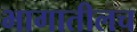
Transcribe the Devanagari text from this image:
भागातीलच